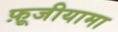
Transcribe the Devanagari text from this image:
फ़ूजीयामा